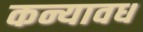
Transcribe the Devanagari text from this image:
कन्यावध